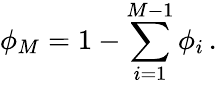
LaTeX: \phi_{M}=1-\sum_{i=1}^{M-1}\phi_{i}\, .